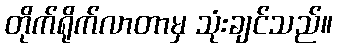
တိုက်ရိုက်လာတာမှ သုံးချင်သည်။